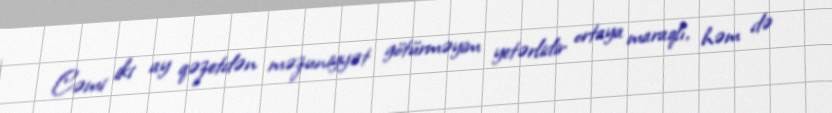
Cəmi iki ay qəzetdən məzuniyyət götürməyim yetərlidir ortaya maraqlı, həm də